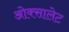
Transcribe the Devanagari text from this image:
ओक्सालेट